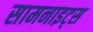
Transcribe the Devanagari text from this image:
सामनाइट्स